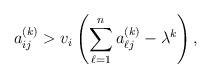
LaTeX: \begin{align*}a_{ij}^{(k)} > v_i \left(\sum_{\ell=1}^na_{\ell j}^{(k)} -\lambda^k\right),\end{align*}